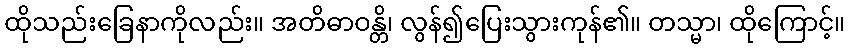
ထိုသည်းခြေနာကိုလည်း။ အတိဓာဝန္တိ၊ လွန်၍ပြေးသွားကုန်၏။ တသ္မာ၊ ထိုကြောင့်။